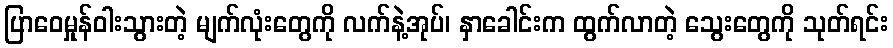
ပြာဝေမှုန်ဝါးသွားတဲ့ မျက်လုံးတွေကို လက်နဲ့အုပ်၊ နှာခေါင်းက ထွက်လာတဲ့ သွေးတွေကို သုတ်ရင်း